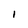
Character: I